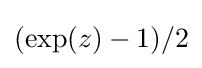
(\exp(z)-1)/2